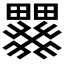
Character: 𱱄